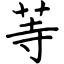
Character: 䓁